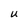
Character: U